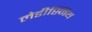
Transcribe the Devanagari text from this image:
लेडीस्मिथ